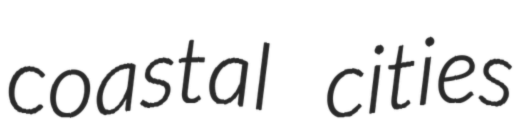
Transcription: coastal cities